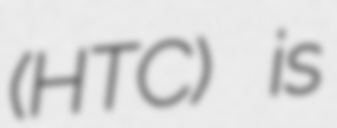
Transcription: (HTC) is